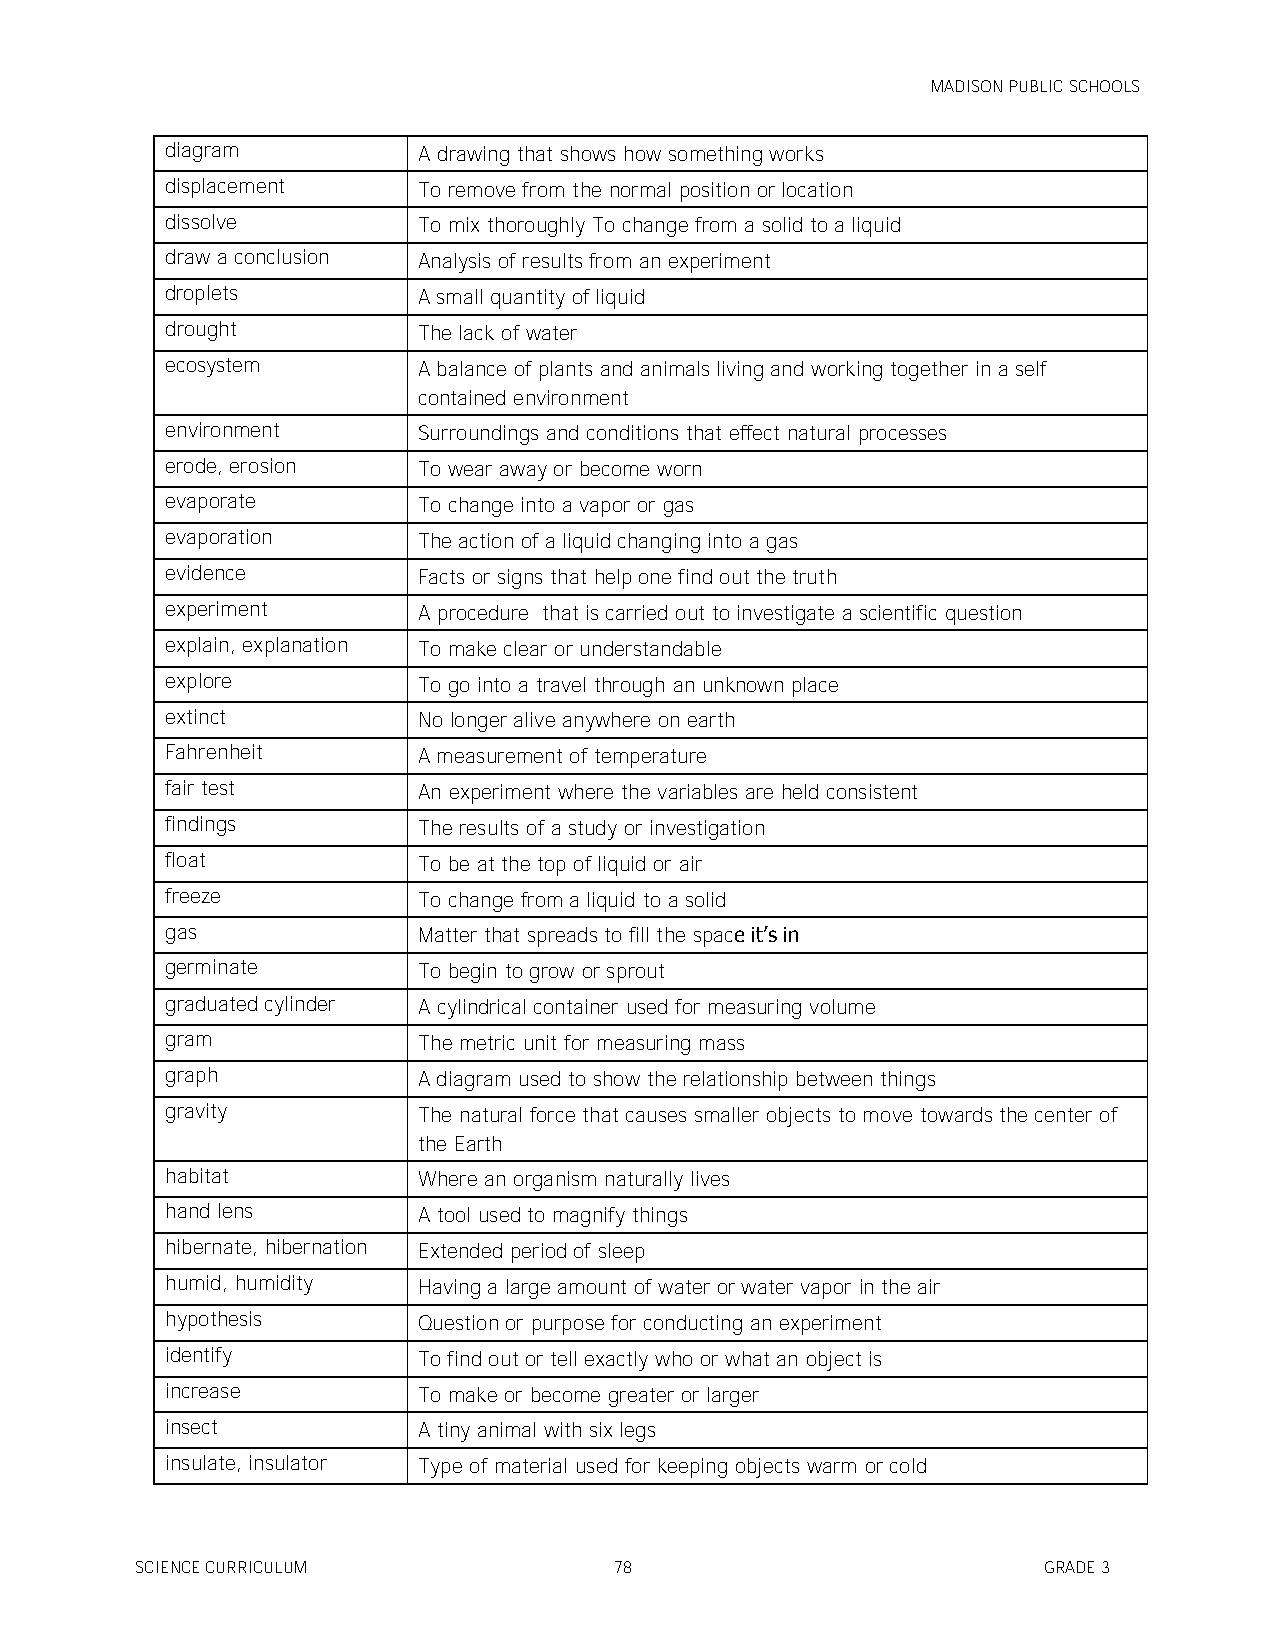
MADISON PUBLIC SCHOOLS
 diagram          A drawing that shows how something works
 displacement     To remove from the normal position or location
 dissolve         To mix thoroughly To change from a solid to a liquid
 draw a conclusion Analysis of results from an experiment
 droplets         A small quantity of liquid
 drought          The lack of water
 ecosystem        A balance of plants and animals living and working together in a self
 contained environment
 environment      Surroundings and conditions that effect natural processes
 erode, erosion   To wear away or become worn
 evaporate        To change into a vapor or gas
 evaporation      The action of a liquid changing into a gas
 evidence         Facts or signs that help one find out the truth
 experiment       A procedure that is carried out to investigate a scientific question
 explain, explanation To make clear or understandable
 explore          To go into a travel through an unknown place
 extinct          No longer alive anywhere on earth
 Fahrenheit       A measurement of temperature
 fair test        An experiment where the variables are held consistent
 findings         The results of a study or investigation
 float            To be at the top of liquid or air
 freeze           To change from a liquid to a solid
 gas              Matter that spreads to fill the space it’s in
 germinate        To begin to grow or sprout
 graduated cylinder A cylindrical container used for measuring volume
 gram             The metric unit for measuring mass
 graph            A diagram used to show the relationship between things
 gravity          The natural force that causes smaller objects to move towards the center of
 the Earth
 habitat          Where an organism naturally lives
 hand lens        A tool used to magnify things
 hibernate, hibernation Extended period of sleep
 humid, humidity  Having a large amount of water or water vapor in the air
 hypothesis       Question or purpose for conducting an experiment
 identify         To find out or tell exactly who or what an object is
 increase         To make or become greater or larger
 insect           A tiny animal with six legs
 insulate, insulator Type of material used for keeping objects warm or cold
 SCIENCE CURRICULUM              78                          GRADE 3